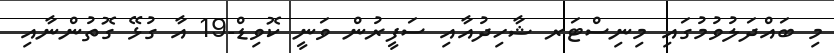
މި ބައްދަލުވުމުގައި މިނިސްޓަރ ޝާހިދުއާއި ސަފީރުން ވަނީ ކޮވިޑް-19 އާ ގުޅޭ ގޮތުންނާއި